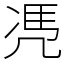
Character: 𠙖